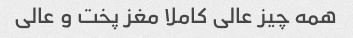
همه چیز عالی کاملا مغز پخت و عالی